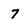
Character: 7